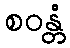
စဝန္တံ